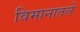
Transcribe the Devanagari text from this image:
विमानातले